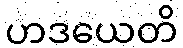
ဟဒယေတိ